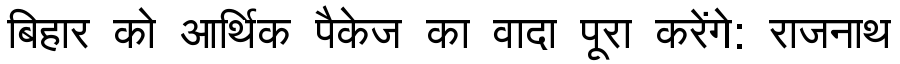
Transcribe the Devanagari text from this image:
बिहार को आर्थिक पैकेज का वादा पूरा करेंगे: राजनाथ